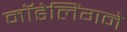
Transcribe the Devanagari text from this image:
मॉडेलिंगने